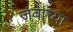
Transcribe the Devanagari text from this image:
जवाच्या